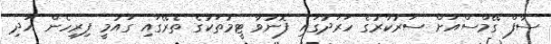
ސާފް ގޭމްސްއަށް ސަރުކާރުގެ ހަރަދުގައި ފޮނުވާ ޓީމުތަކުގެ ތެރޭގައި ގައުމީ ފިރިހެން އަދި